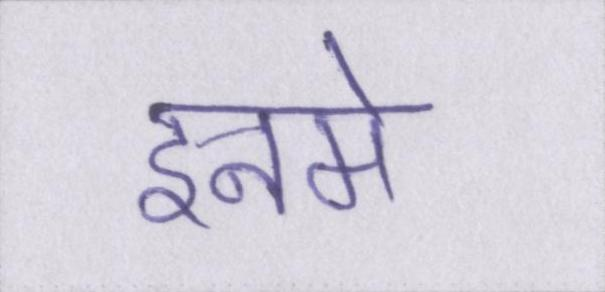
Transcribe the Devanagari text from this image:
इनमे